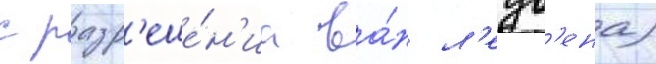
с разр'еше́н'иа ва́н л'еув'ена)